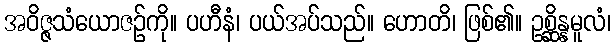
အဝိဇ္ဇသံယောဇဉ်ကို။ ပဟီနံ၊ ပယ်အပ်သည်။ ဟောတိ၊ ဖြစ်၏။ ဥစ္ဆိန္နမူလံ၊